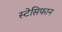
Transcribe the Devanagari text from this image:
स्टेसिफान